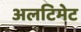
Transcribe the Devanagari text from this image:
अलटिमेट